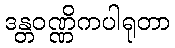
ဒန္တဝဏ္ဏိကပါရုတာ